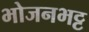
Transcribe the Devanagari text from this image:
भोजनभट्ट